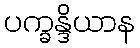
ပက္ခန္ဒိယာန